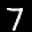
Label: 7